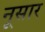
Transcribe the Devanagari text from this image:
नूसार